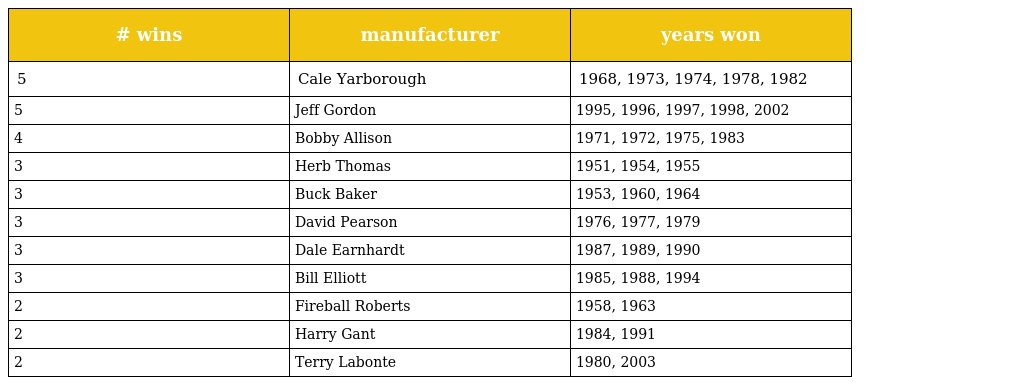
| # wins | manufacturer | years won |
 | --- | --- | --- |
 | 5 | Cale Yarborough | 1968, 1973, 1974, 1978, 1982 |
 | 5 | Jeff Gordon | 1995, 1996, 1997, 1998, 2002 |
 | 4 | Bobby Allison | 1971, 1972, 1975, 1983 |
 | 3 | Herb Thomas | 1951, 1954, 1955 |
 | 3 | Buck Baker | 1953, 1960, 1964 |
 | 3 | David Pearson | 1976, 1977, 1979 |
 | 3 | Dale Earnhardt | 1987, 1989, 1990 |
 | 3 | Bill Elliott | 1985, 1988, 1994 |
 | 2 | Fireball Roberts | 1958, 1963 |
 | 2 | Harry Gant | 1984, 1991 |
 | 2 | Terry Labonte | 1980, 2003 |